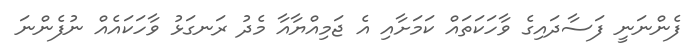
ފެންނަނީ ފަސާދައިގެ ވާހަކަތައް ކަމަށާއި އެ ޖަމިއްޔާއާ މެދު ރަނގަޅު ވާހަކައެއް ނުފެންނަ